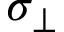
\sigma _ { \perp }